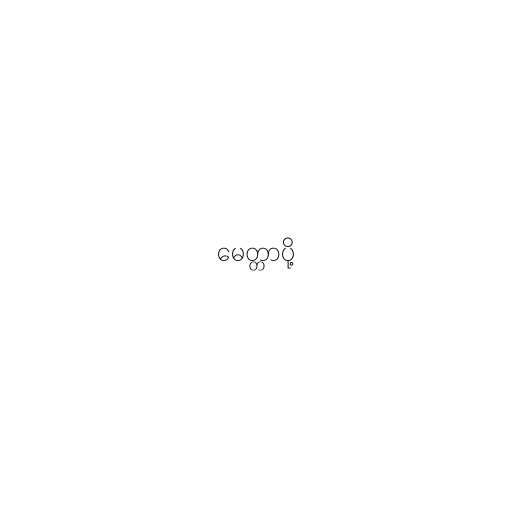
မေတ္တာပို့